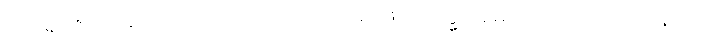
သိဝိရာဇကာလေ အဋ္ဌသတပ္ပဘေဒါပိ မရဏမာဂမ္မ အဓိပ္ပါယဂ္ဂဟဏဿ နဂ္ဂါတိ